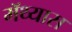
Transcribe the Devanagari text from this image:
मॅथ्यास